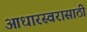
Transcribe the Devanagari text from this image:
आधारस्वरासाठी